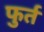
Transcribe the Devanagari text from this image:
फुर्त